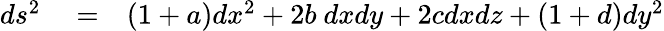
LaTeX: \begin{array}{rlr}{ds^{2}}&{{}=}&{(1+a)dx^{2}+2b\ dxdy+2cdxdz+(1+d)dy^{2}}\end{array}